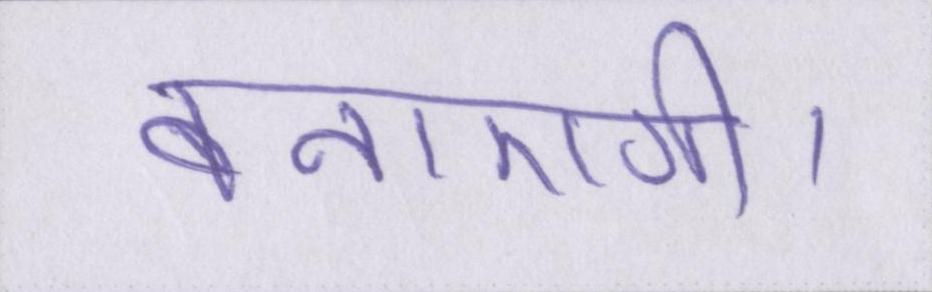
बनाएगी।